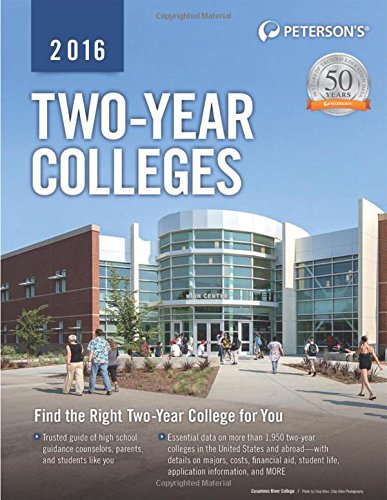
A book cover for Two-Year Colleges 2016 (Peterson's Two Year Colleges); Peterson's; Education & Teaching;